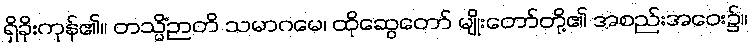
ရှိခိုးကုန်၏။ တသ္မိံဉာတိ သမာဂမေ၊ ထိုဆွေတော် မျိုးတော်တို့၏ အစည်းအဝေး၌။